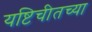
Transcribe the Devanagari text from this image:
यष्टिचीतच्या